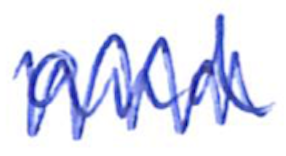
Text: and
Cross-out: zig-zag
Writing tool: ballpoint